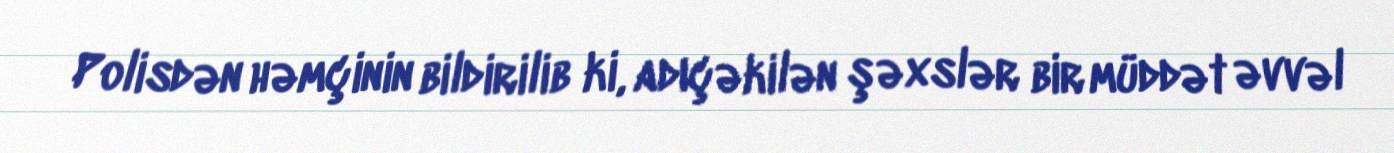
Polisdən həmçinin bildirilib ki, adıçəkilən şəxslər bir müddət əvvəl